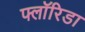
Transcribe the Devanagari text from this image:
फ्लाॅरिडा